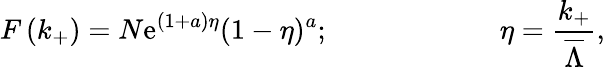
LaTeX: F\left(k_{+}\right)=N\mathrm{{e}}^{(1+a)\eta}(1-\eta)^{a};\qquad\qquad\qquad\eta=\frac{k_{+}}{\overline{{{\Lambda}}}},